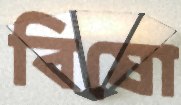
বিষো